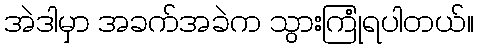
အဲဒါမှာ အခက်အခဲက သွားကြုံရပါတယ်။